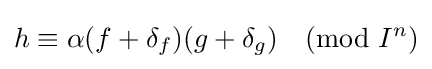
h\equiv \alpha (f+\delta _{f})(g+\delta _{g}){\pmod {I^{n}}}